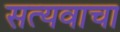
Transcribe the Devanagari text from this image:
सत्यवाचा